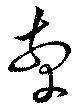
牽